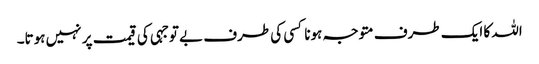
اللہ کا ایک طرف متوجہ ہونا کسی کی طرف بے توجہی کی قیمت پر نہیں ہوتا۔